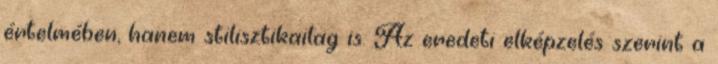
értelmében, hanem stilisztikailag is. Az eredeti elképzelés szerint a